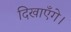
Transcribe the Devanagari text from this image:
दिखाएँगे।